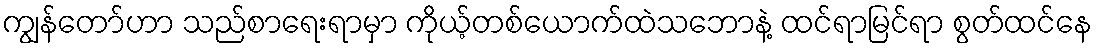
ကျွန်တော်ဟာ သည်စာရေးရာမှာ ကိုယ့်တစ်ယောက်ထဲသဘောနဲ့ ထင်ရာမြင်ရာ စွတ်ထင်နေ